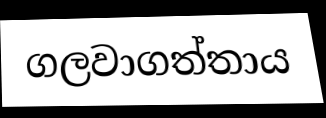
ගලවාගත්තාය